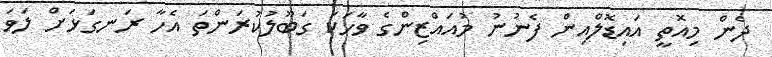
ދެން މިއޮތީ އައިޑޮލްއިން ފެނުނު މުއައްޒިންގެ ވާހަކަ ގަބޫލުކުރަންތަ އެހާ ރަނގަޅަށް ލަވަ